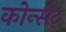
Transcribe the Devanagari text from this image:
कोन्सेट्